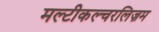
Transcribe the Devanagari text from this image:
मल्टीकल्चरलिज़म